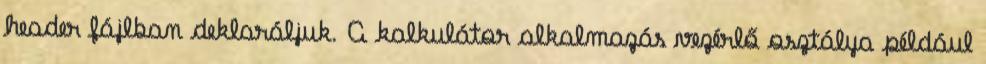
header fájlban deklaráljuk. A kalkulátor alkalmazás vezérlő osztálya például